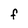
Character: F